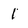
Character: 1